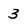
Character: 3